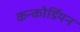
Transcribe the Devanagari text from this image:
कन्कोर्डियन